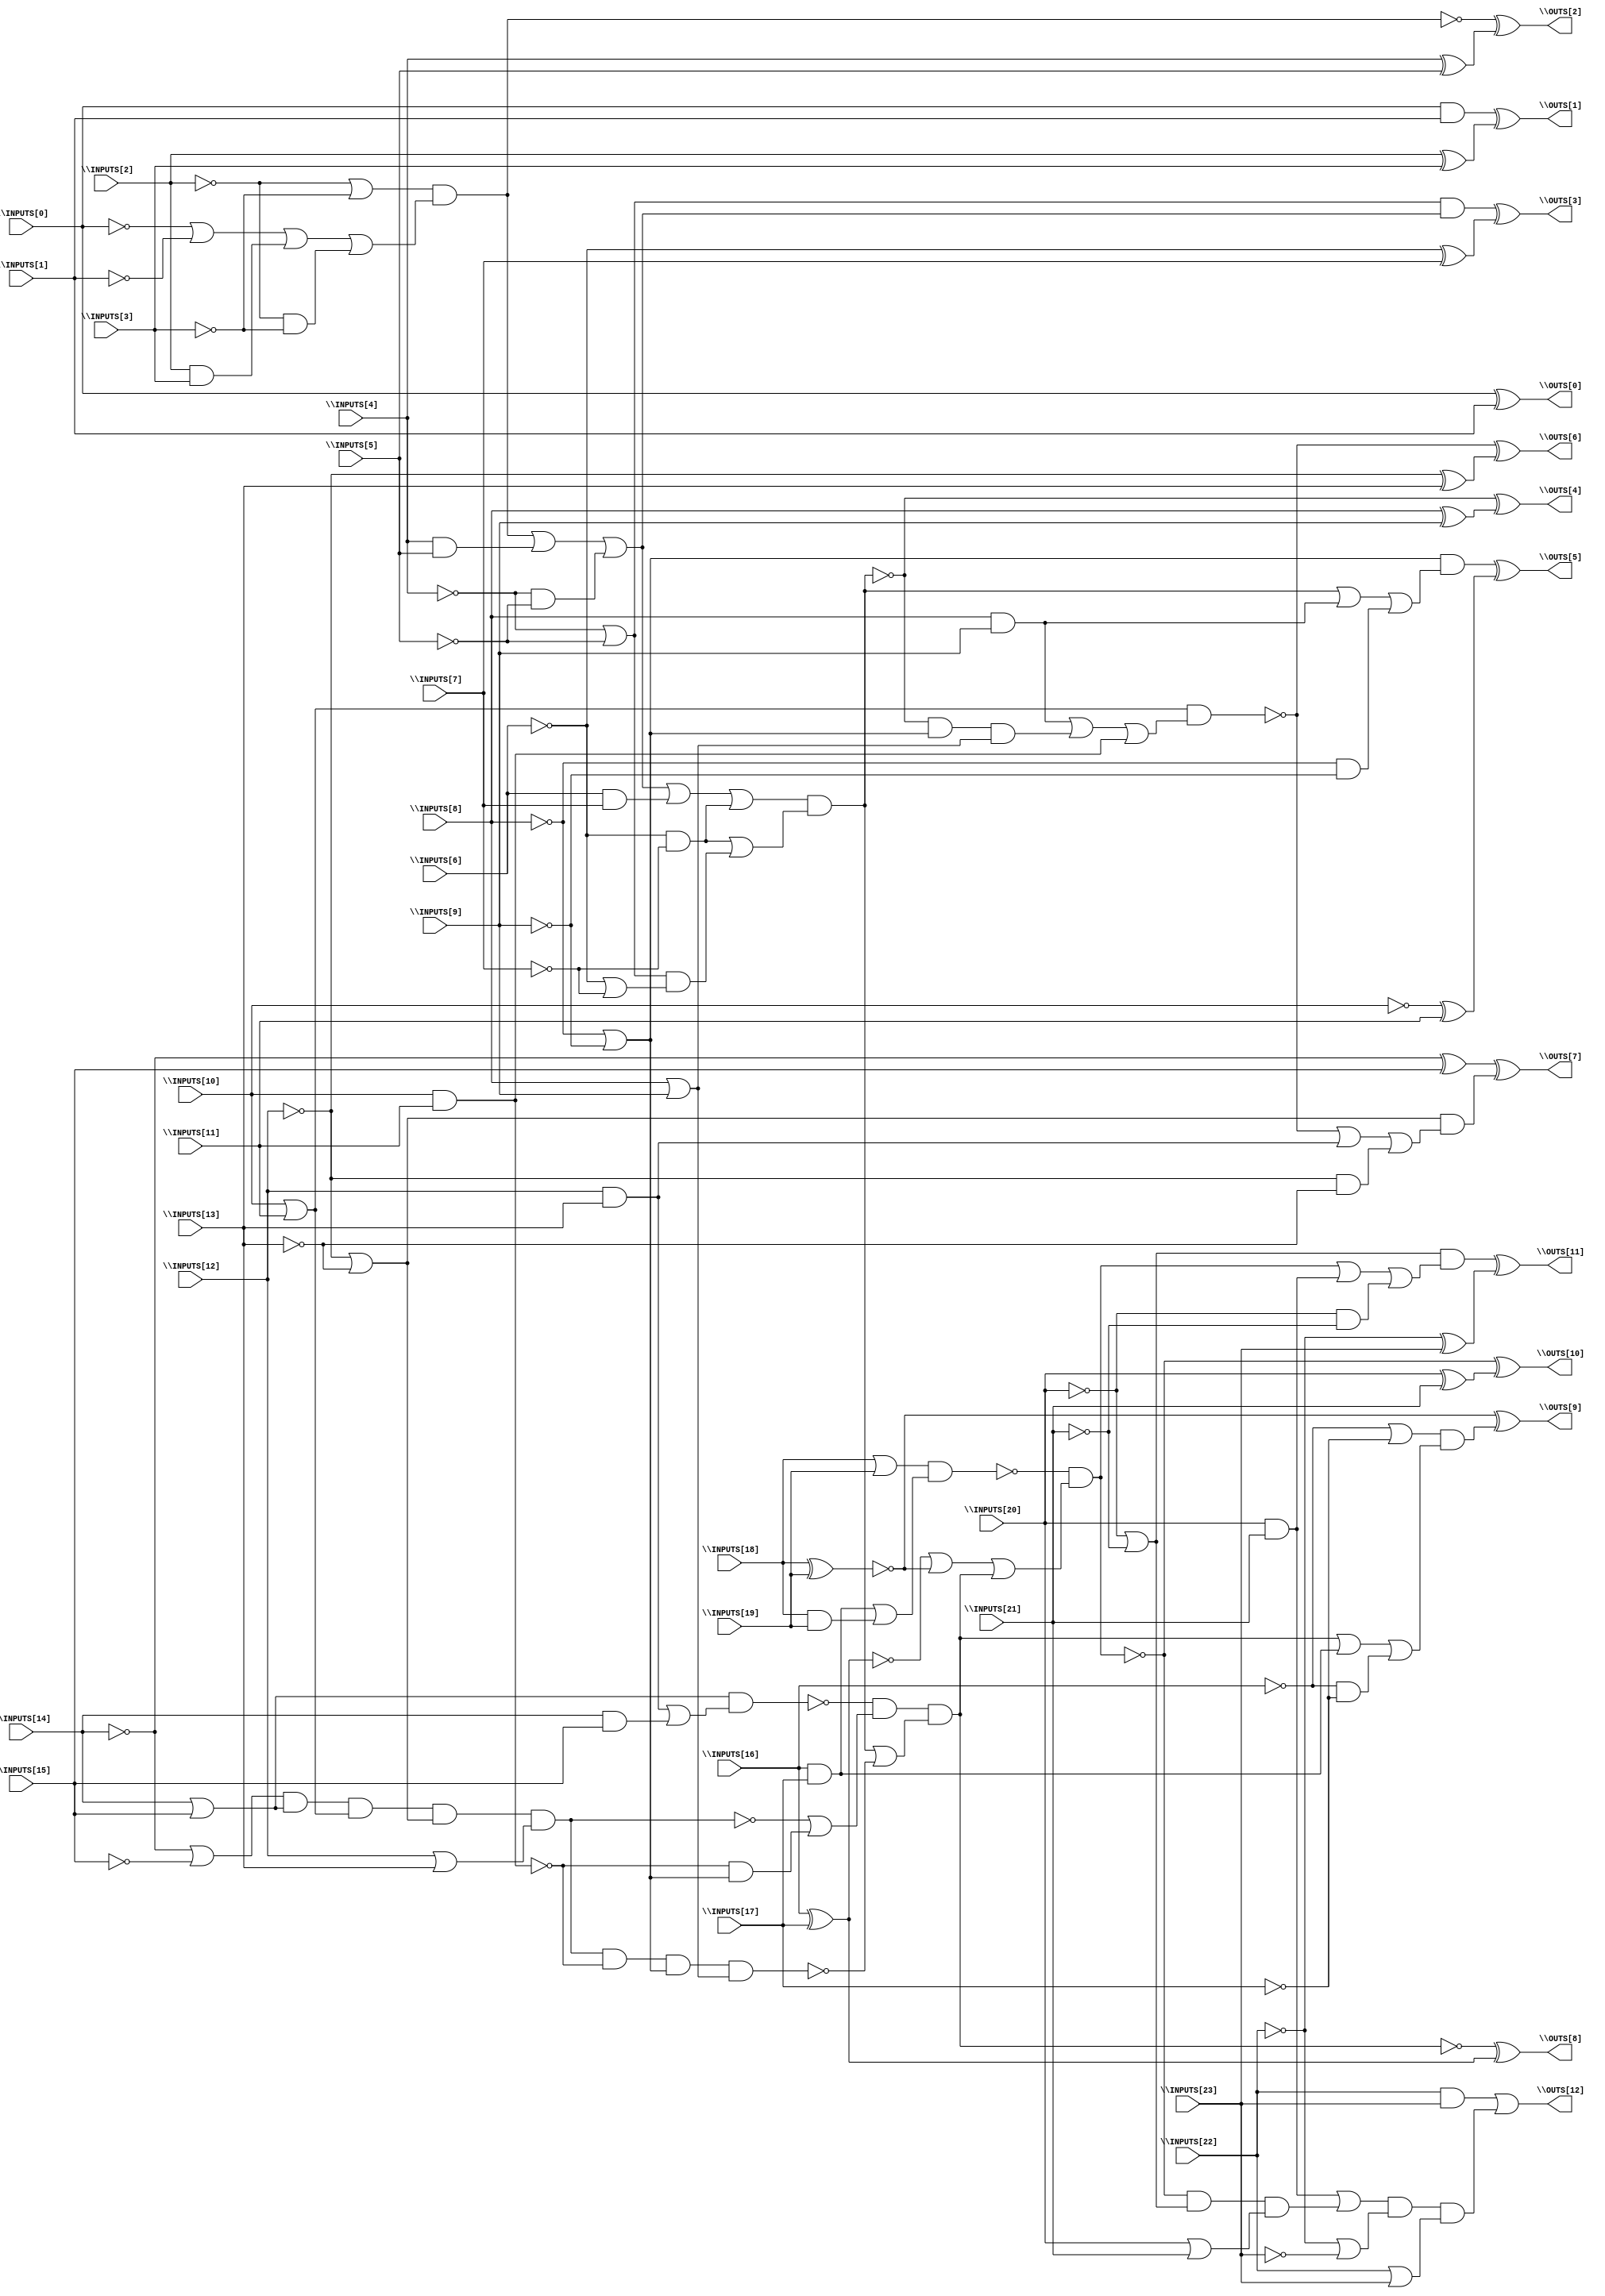
// Benchmark "BrentKung" written by ABC on Sat Dec 04 19:17:30 2021

module BrentKung ( 
    \INPUTS[0] , \INPUTS[1] , \INPUTS[2] , \INPUTS[3] , \INPUTS[4] ,
    \INPUTS[5] , \INPUTS[6] , \INPUTS[7] , \INPUTS[8] , \INPUTS[9] ,
    \INPUTS[10] , \INPUTS[11] , \INPUTS[12] , \INPUTS[13] , \INPUTS[14] ,
    \INPUTS[15] , \INPUTS[16] , \INPUTS[17] , \INPUTS[18] , \INPUTS[19] ,
    \INPUTS[20] , \INPUTS[21] , \INPUTS[22] , \INPUTS[23] ,
    \OUTS[0] , \OUTS[1] , \OUTS[2] , \OUTS[3] , \OUTS[4] , \OUTS[5] ,
    \OUTS[6] , \OUTS[7] , \OUTS[8] , \OUTS[9] , \OUTS[10] , \OUTS[11] ,
    \OUTS[12]   );
  input  \INPUTS[0] , \INPUTS[1] , \INPUTS[2] , \INPUTS[3] , \INPUTS[4] ,
    \INPUTS[5] , \INPUTS[6] , \INPUTS[7] , \INPUTS[8] , \INPUTS[9] ,
    \INPUTS[10] , \INPUTS[11] , \INPUTS[12] , \INPUTS[13] , \INPUTS[14] ,
    \INPUTS[15] , \INPUTS[16] , \INPUTS[17] , \INPUTS[18] , \INPUTS[19] ,
    \INPUTS[20] , \INPUTS[21] , \INPUTS[22] , \INPUTS[23] ;
  output \OUTS[0] , \OUTS[1] , \OUTS[2] , \OUTS[3] , \OUTS[4] , \OUTS[5] ,
    \OUTS[6] , \OUTS[7] , \OUTS[8] , \OUTS[9] , \OUTS[10] , \OUTS[11] ,
    \OUTS[12] ;
  wire new_n42_, new_n45_, new_n48_, new_n51_, new_n52_, new_n53_, new_n54_,
    new_n55_, new_n56_, new_n57_, new_n59_, new_n61_, new_n62_;
  assign \OUTS[0]  = \INPUTS[0]  ^ \INPUTS[1] ;
  assign \OUTS[1]  = (\INPUTS[0]  & \INPUTS[1] ) ^ (\INPUTS[2]  ^ \INPUTS[3] );
  assign \OUTS[2]  = ~new_n42_ ^ (\INPUTS[4]  ^ \INPUTS[5] );
  assign new_n42_ = (~\INPUTS[2]  | ~\INPUTS[3] ) & (~\INPUTS[0]  | ~\INPUTS[1]  | (\INPUTS[2]  & \INPUTS[3] ) | (~\INPUTS[2]  & ~\INPUTS[3] ));
  assign \OUTS[3]  = ((~\INPUTS[4]  | ~\INPUTS[5] ) & (new_n42_ | (\INPUTS[4]  & \INPUTS[5] ) | (~\INPUTS[4]  & ~\INPUTS[5] ))) ^ (~\INPUTS[6]  ^ \INPUTS[7] );
  assign \OUTS[4]  = ~new_n45_ ^ (\INPUTS[8]  ^ \INPUTS[9] );
  assign new_n45_ = (new_n42_ | (\INPUTS[4]  & \INPUTS[5] ) | (~\INPUTS[4]  & ~\INPUTS[5] ) | (\INPUTS[6]  & \INPUTS[7] ) | (~\INPUTS[6]  & ~\INPUTS[7] )) & ((~\INPUTS[6]  & ~\INPUTS[7] ) | ((~\INPUTS[4]  | ~\INPUTS[5] ) & (~\INPUTS[6]  | ~\INPUTS[7] )));
  assign \OUTS[5]  = ((~\INPUTS[8]  | ~\INPUTS[9] ) & (new_n45_ | (\INPUTS[8]  & \INPUTS[9] ) | (~\INPUTS[8]  & ~\INPUTS[9] ))) ^ (~\INPUTS[10]  ^ \INPUTS[11] );
  assign \OUTS[6]  = ~new_n48_ ^ (~\INPUTS[12]  ^ \INPUTS[13] );
  assign new_n48_ = (\INPUTS[10]  | \INPUTS[11] ) & ((\INPUTS[8]  & \INPUTS[9] ) | (~new_n45_ & (~\INPUTS[8]  | ~\INPUTS[9] ) & (\INPUTS[8]  | \INPUTS[9] )) | (\INPUTS[10]  & \INPUTS[11] ));
  assign \OUTS[7]  = (~\INPUTS[14]  ^ \INPUTS[15] ) ^ ((~\INPUTS[12]  | ~\INPUTS[13] ) & (~new_n48_ | (\INPUTS[12]  & \INPUTS[13] ) | (~\INPUTS[12]  & ~\INPUTS[13] )));
  assign \OUTS[8]  = ~new_n51_ ^ new_n57_;
  assign new_n51_ = new_n55_ & (new_n45_ | ~new_n52_);
  assign new_n52_ = new_n54_ & ~new_n53_ & (~\INPUTS[8]  | ~\INPUTS[9] ) & (\INPUTS[8]  | \INPUTS[9] );
  assign new_n53_ = \INPUTS[10]  & \INPUTS[11] ;
  assign new_n54_ = (~\INPUTS[14]  | ~\INPUTS[15] ) & (\INPUTS[14]  | \INPUTS[15] ) & (\INPUTS[10]  | \INPUTS[11] ) & (~\INPUTS[12]  | ~\INPUTS[13] ) & (\INPUTS[12]  | \INPUTS[13] );
  assign new_n55_ = ~new_n56_ & (~new_n54_ | (~new_n53_ & (~\INPUTS[8]  | ~\INPUTS[9] )));
  assign new_n56_ = (\INPUTS[14]  | \INPUTS[15] ) & ((\INPUTS[12]  & \INPUTS[13] ) | (\INPUTS[14]  & \INPUTS[15] ));
  assign new_n57_ = \INPUTS[16]  ^ \INPUTS[17] ;
  assign \OUTS[9]  = ~new_n59_ ^ ((~\INPUTS[16]  | ~\INPUTS[17] ) & (new_n51_ | (\INPUTS[16]  & \INPUTS[17] ) | (~\INPUTS[16]  & ~\INPUTS[17] )));
  assign new_n59_ = \INPUTS[18]  ^ \INPUTS[19] ;
  assign \OUTS[10]  = ~new_n61_ ^ (\INPUTS[20]  ^ \INPUTS[21] );
  assign new_n61_ = ~new_n62_ & (~new_n57_ | ~new_n59_ | (new_n55_ & (new_n45_ | ~new_n52_)));
  assign new_n62_ = (\INPUTS[18]  | \INPUTS[19] ) & ((\INPUTS[16]  & \INPUTS[17] ) | (\INPUTS[18]  & \INPUTS[19] ));
  assign \OUTS[11]  = ((~\INPUTS[20]  | ~\INPUTS[21] ) & (new_n61_ | (\INPUTS[20]  & \INPUTS[21] ) | (~\INPUTS[20]  & ~\INPUTS[21] ))) ^ (~\INPUTS[22]  ^ \INPUTS[23] );
  assign \OUTS[12]  = (\INPUTS[22]  & \INPUTS[23] ) | (((\INPUTS[20]  & \INPUTS[21] ) | (~new_n61_ & (~\INPUTS[20]  | ~\INPUTS[21] ) & (\INPUTS[20]  | \INPUTS[21] ))) & (~\INPUTS[22]  | ~\INPUTS[23] ) & (\INPUTS[22]  | \INPUTS[23] ));
endmodule